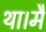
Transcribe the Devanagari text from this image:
था।मैं